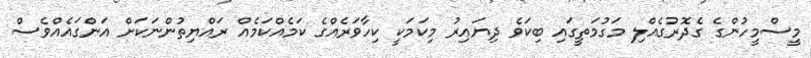
މީސްމީހުންގެ ގެދޮރުގެއްލި މަގުމަތީގައި ބިކަވެ ދިޔައިރު މިކަމަކީ ކިހާވަރެއްގެ ކަމެއްކަމެއް ރައްޔިތުންނަކަށް އަންގައެއްވެސް